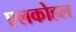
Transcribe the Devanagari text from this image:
एलकोहल